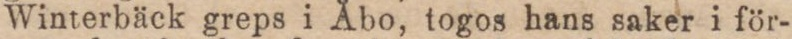
Winterbäck greps i Åbo, togos hans saker i för-